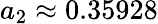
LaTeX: a_{2}\approx 0.35928